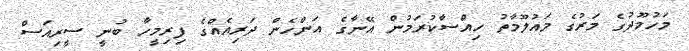
މަހުމޫދުގެ މަރުގެ މައުލޫމާތު ހިއްސާކުރަމުން އޭނާގެ އަންހެން ދަރިއެއްގެ ފިރިމީހާ ބުނީ ސީރިއަސް